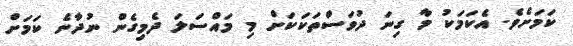
ކަމަށެވެ. އެކަމަކު މާ ގިނަ ދުވަސްތަކަކަށް މި މައްސަލަ ދެމިގެން ނުދާނެ ކަމަށް